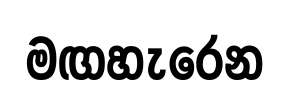
මඟහැරෙන